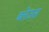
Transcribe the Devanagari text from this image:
ब्लेउस